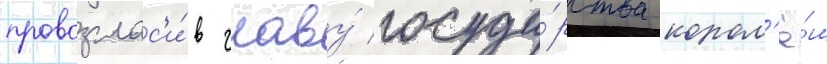
провозглас'и́в главу́ госуда́рства корол'ё́м